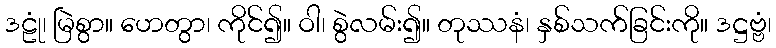
ဒဠုံ၊ မြဲစွာ။ ဟေတွာ၊ ကိုင်၍။ ဝါ၊ စွဲလမ်း၍။ တုဿနံ၊ နှစ်သက်ခြင်းကို။ ဒဋ္ဌဗ္ဗံ၊